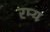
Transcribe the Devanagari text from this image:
रम्‍य